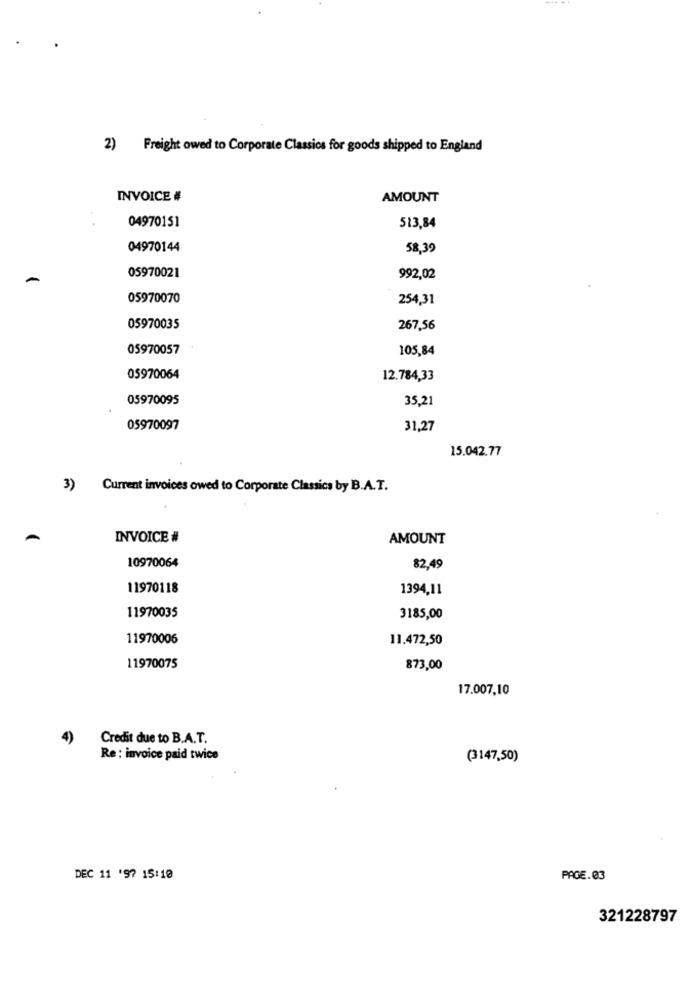
2) Freight owed to Corporate Classics for goods shipped to England
INVOICE #
AMOUNT
04970151
513,84
04970144
58,39
05970021
992,02
05970070
254,31
05970035
267,56
05970057
105,84
05970064
12.784,33
05970095
35,21
05970097
31,27
15.042.77
3) Current invoices owed to Corporate Classics by B.A.T.
INVOICE #
AMOUNT
10970064
82,49
11970118
1394,11
11970035
3185,00
11970006
11.472,50
11970075
873,00
17.007,10
4)
Credit due to B.A.T.
Re : invoice paid twice
(3147,50)
DEC 11 '97 15:10
PAGE.03
321228797